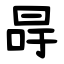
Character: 冔